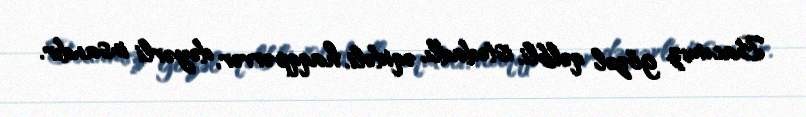
Bacımız gözəl qəlbli, istedadlı, əqidəli, haqqpərvər, dəyərli insandır.